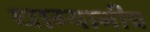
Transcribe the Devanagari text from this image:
धाग्यानीच